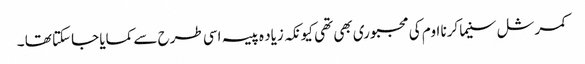
کمرشل سنیما کرنا اوم کی مجبوری بھی تھی کیونکہ زیاد ہ پیسہ اسی طرح سے کمایا جاسکتا تھا ۔